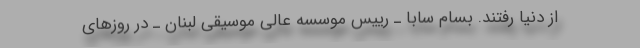
از دنیا رفتند. بسام سابا ـ رییس موسسه عالی موسیقی لبنان ـ در روزهای